Oriental or Dehli sore - Number 13
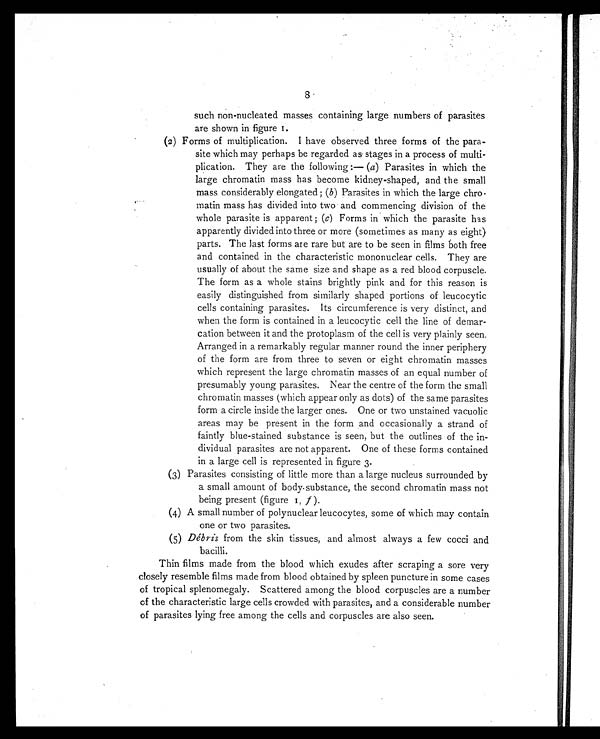
8
such non-nucleated masses containing large numbers of parasites
are shown in figure 1.
(2) Forms of multiplication. I have observed three forms of the para-
site which may perhaps be regarded as stages in a process of multi-
plication. They are the following :— ( a) Parasites in which the
large chromatin mass has become kidney-shaped, and the small
mass considerably elongated ; ( b ) Parasites in which the large chro-
matin mass has divided into two and commencing division of the
whole parasite is apparent ; ( c) Forms in which the parasite has
apparently divided into three or more (sometimes as many as eight)
parts. The last forms are rare but are to be seen in films both free
and contained in the characteristic mononuclear cells. They are
usually of about the same size and shape as a red blood corpuscle.
The form as a whole stains brightly pink and for this reason is
easily distinguished from similarly shaped portions of leucocytic
cells containing parasites. Its circumference is very distinct, and
when the form is contained in a leucocytic cell the line of demar-
cation between it and the protoplasm of the cell is very plainly seen.
Arranged in a remarkably regular manner round the inner periphery
of the form are from three to seven or eight chromatin masses
which represent the large chromatin masses of an equal number of
presumably young parasites. Near the centre of the form the small
chromatin masses (which appear only as dots) of the same parasites
form a circle inside the larger ones. One or two unstained vacuolic
areas may be present in the form and occasionally a strand of
faintly blue-stained substance is seen, but the outlines of the in-
dividual parasites are not apparent. One of these forms contained
in a large cell is represented in figure 3.
(3) Parasites consisting of little more than a large nucleus surrounded by
a small amount of body substance, the second chromatin mass not
being present (figure 1, f ).
(4) A small number of polynuclear leucocytes, some of which may contain
one or two parasites.
(5) Débris from the skin tissues, and almost always a few cocci and
bacilli.
Thin films made from the blood which exudes after scraping a sore very
closely resemble films made from blood obtained by spleen puncture in some cases
of tropical splenomegaly. Scattered among the blood corpuscles are a number
of the characteristic large cells crowded with parasites, and a considerable number
of parasites lying free among the cells and corpuscles are also seen.